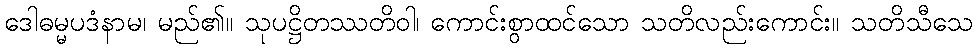
ဒေါဓမ္မပဒံနာမ၊ မည်၏။ သုပဋ္ဌိတဿတိဝါ၊ ကောင်းစွာထင်သော သတိလည်းကောင်း။ သတိသီသေ